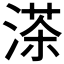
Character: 𦴶